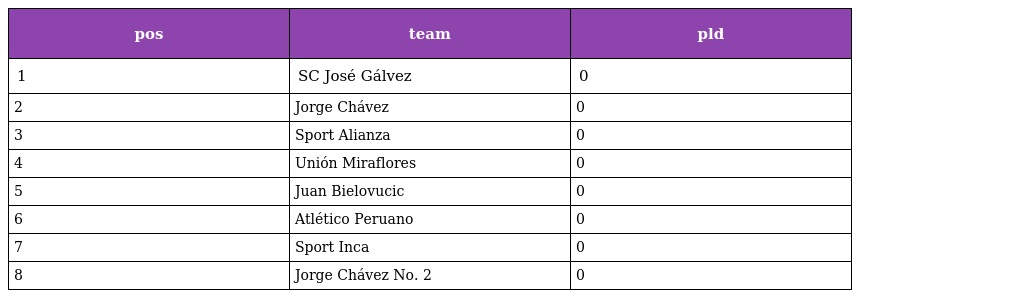
| pos | team | pld |
 | --- | --- | --- |
 | 1 | SC José Gálvez | 0 |
 | 2 | Jorge Chávez | 0 |
 | 3 | Sport Alianza | 0 |
 | 4 | Unión Miraflores | 0 |
 | 5 | Juan Bielovucic | 0 |
 | 6 | Atlético Peruano | 0 |
 | 7 | Sport Inca | 0 |
 | 8 | Jorge Chávez No. 2 | 0 |